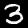
Label: 3